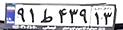
۹۱ط۴۳۹۱۳